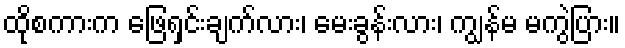
ထိုစကားက ဖြေရှင်းချက်လား၊ မေးခွန်းလား၊ ကျွန်မ မကွဲပြား။